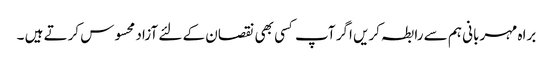
براہ مہربانی ہم سے رابطہ کریں اگر آپ کسی بھی نقصان کے لئے آزاد محسوس کرتے ہیں ۔